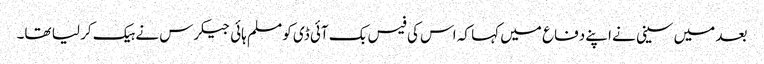
بعد میں سینی نے اپنے دفاع میں کہا کہ اس کی فیس بک آئی ڈی کو مسلم ہائی جیکرس نے ہیک کر لیا تھا۔